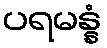
ပရမန္နံ